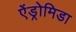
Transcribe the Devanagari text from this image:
ऐंड्रोमिडा